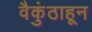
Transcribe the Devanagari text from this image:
वैकुंठाहून